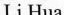
Li Hua